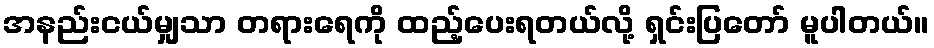
အနည်းငယ်မျှသာ တရားရေကို ထည့်ပေးရတယ်လို့ ရှင်းပြတော် မူပါတယ်။